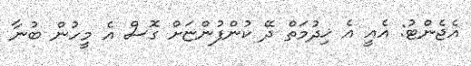
އެޖެންޓު: އެއީ އެ ޚިދުމަތް ދޭ ކުންފުންޏަށް ގޮސް އެ މީހުން ބުނާ